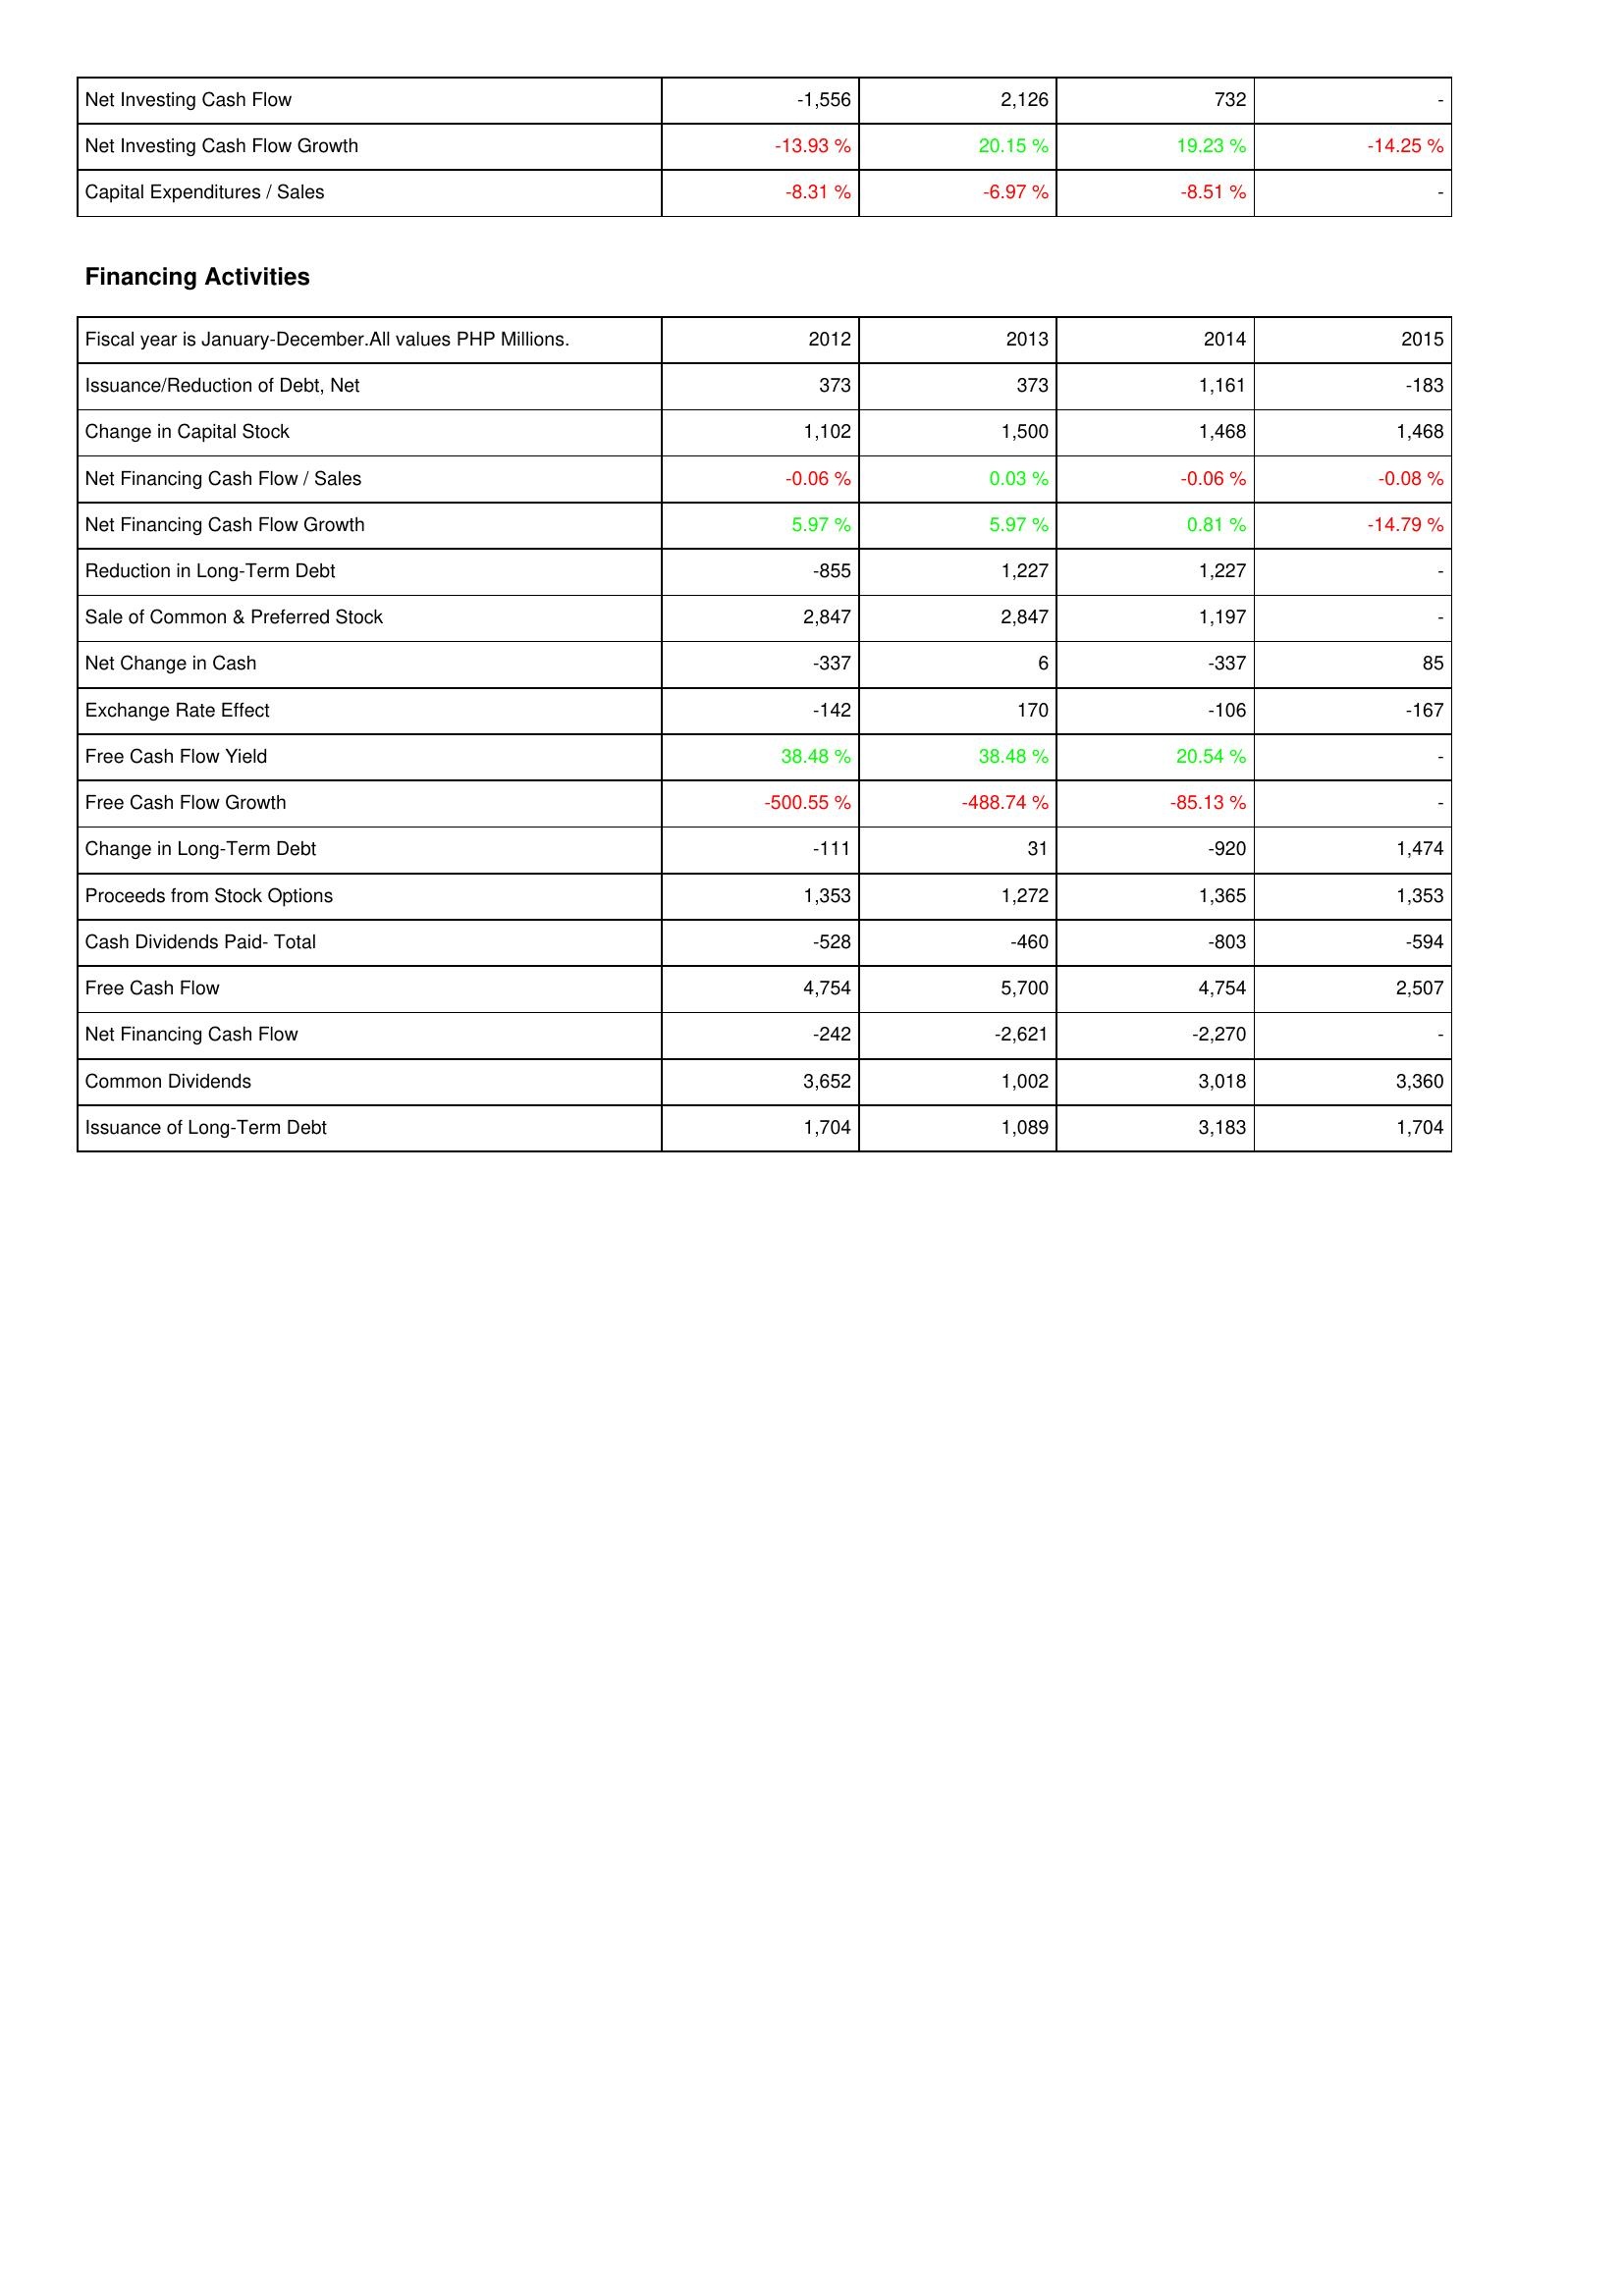
2012: Investing Activities: Net Investing Cash Flow: -1,556
Net Investing Cash Flow Growth: -13.93 %
Capital Expenditures / Sales: -8.31 %
Financing Activities: Issuance/Reduction of Debt, Net: 373
Change in Capital Stock: 1,102
Net Financing Cash Flow / Sales: -0.06 %
Net Financing Cash Flow Growth: 5.97 %
Reduction in Long-Term Debt: -855
Sale of Common & Preferred Stock: 2,847
Net Change in Cash: -337
Exchange Rate Effect: -142
Free Cash Flow Yield: 38.48 %
Free Cash Flow Growth: -500.55 %
Change in Long-Term Debt: -111
Proceeds from Stock Options: 1,353
Cash Dividends Paid- Total: -528
Free Cash Flow: 4,754
Net Financing Cash Flow: -242
Common Dividends: 3,652
Issuance of Long-Term Debt: 1,704
2013: Investing Activities: Net Investing Cash Flow: 2,126
Net Investing Cash Flow Growth: 20.15 %
Capital Expenditures / Sales: -6.97 %
Financing Activities: Issuance/Reduction of Debt, Net: 373
Change in Capital Stock: 1,500
Net Financing Cash Flow / Sales: 0.03 %
Net Financing Cash Flow Growth: 5.97 %
Reduction in Long-Term Debt: 1,227
Sale of Common & Preferred Stock: 2,847
Net Change in Cash: 6
Exchange Rate Effect: 170
Free Cash Flow Yield: 38.48 %
Free Cash Flow Growth: -488.74 %
Change in Long-Term Debt: 31
Proceeds from Stock Options: 1,272
Cash Dividends Paid- Total: -460
Free Cash Flow: 5,700
Net Financing Cash Flow: -2,621
Common Dividends: 1,002
Issuance of Long-Term Debt: 1,089
2014: Investing Activities: Net Investing Cash Flow: 732
Net Investing Cash Flow Growth: 19.23 %
Capital Expenditures / Sales: -8.51 %
Financing Activities: Issuance/Reduction of Debt, Net: 1,161
Change in Capital Stock: 1,468
Net Financing Cash Flow / Sales: -0.06 %
Net Financing Cash Flow Growth: 0.81 %
Reduction in Long-Term Debt: 1,227
Sale of Common & Preferred Stock: 1,197
Net Change in Cash: -337
Exchange Rate Effect: -106
Free Cash Flow Yield: 20.54 %
Free Cash Flow Growth: -85.13 %
Change in Long-Term Debt: -920
Proceeds from Stock Options: 1,365
Cash Dividends Paid- Total: -803
Free Cash Flow: 4,754
Net Financing Cash Flow: -2,270
Common Dividends: 3,018
Issuance of Long-Term Debt: 3,183
2015: Investing Activities: Net Investing Cash Flow: -
Net Investing Cash Flow Growth: -14.25 %
Capital Expenditures / Sales: -
Financing Activities: Issuance/Reduction of Debt, Net: -183
Change in Capital Stock: 1,468
Net Financing Cash Flow / Sales: -0.08 %
Net Financing Cash Flow Growth: -14.79 %
Reduction in Long-Term Debt: -
Sale of Common & Preferred Stock: -
Net Change in Cash: 85
Exchange Rate Effect: -167
Free Cash Flow Yield: -
Free Cash Flow Growth: -
Change in Long-Term Debt: 1,474
Proceeds from Stock Options: 1,353
Cash Dividends Paid- Total: -594
Free Cash Flow: 2,507
Net Financing Cash Flow: -
Common Dividends: 3,360
Issuance of Long-Term Debt: 1,704